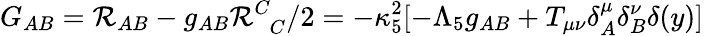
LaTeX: G_{AB}=\mathcal{R}_{AB}-g_{AB}\mathcal{R}_{\phantom{C}C}^{C}/2=-\kappa_{5}^{2}[-\Lambda_{5}g_{AB}+T_{\mu\nu}\delta_{A}^{\mu}\delta_{B}^{\nu}\delta(y)]